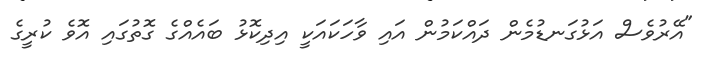
"އޭރުވެސް އަޅުގަނޑުމެން ދައްކަމުން އައި ވާހަކައަކީ އިދިކޮޅު ބައެއްގެ ގޮތުގައި އޮވެ ކުރީގެ